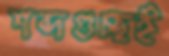
শব্দগুচ্ছই